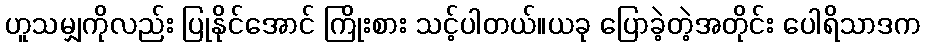
ဟူသမျှကိုလည်း ပြုနိုင်အောင် ကြိုးစား သင့်ပါတယ်။ယခု ပြောခဲ့တဲ့အတိုင်း ပေါရိသာဒက